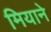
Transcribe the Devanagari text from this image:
मियाने